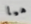
هيا